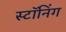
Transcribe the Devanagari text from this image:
स्टॉनिंग